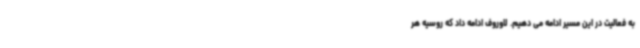
به فعالیت در این مسیر ادامه می دهیم. لاوروف ادامه داد که روسیه هر